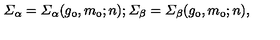
\mit \Sigma _ { \alpha } = \mit \Sigma _ { \alpha } ( g _ { 0 } , m _ { 0 } ; n ) ; \mit \Sigma _ { \beta } = \mit \Sigma _ { \beta } ( g _ { 0 } , m _ { 0 } ; n ) ,